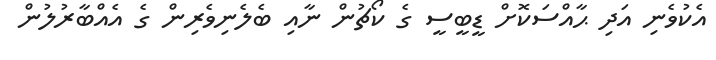
އެކުވެނި އަދި ޙާއްސަކޮށް ޑީބީސީ ގެ ކޯޗުން ނާއި ބެލެނިވެރިން ގެ އެއްބާރުލުން